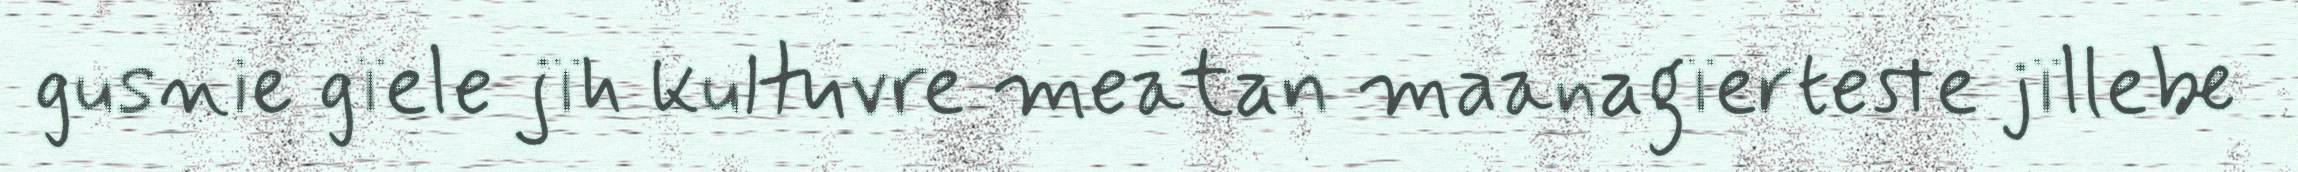
gusnie gïele jïh kultuvre meatan maanagïerteste jïllebe